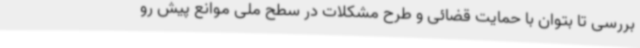
بررسی تا بتوان با حمایت قضائی و طرح مشکلات در سطح ملی موانع پیش رو